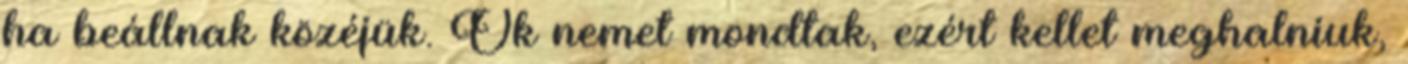
ha beállnak közéjük. Ők nemet mondtak, ezért kellet meghalniuk,